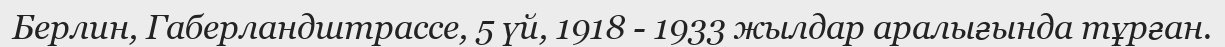
Берлин, Габерландштрассе, 5 үй, 1918 - 1933 жылдар аралығында тұрған.